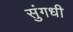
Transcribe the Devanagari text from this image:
सुंगधी